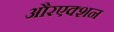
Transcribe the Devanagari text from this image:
औरएक्शन